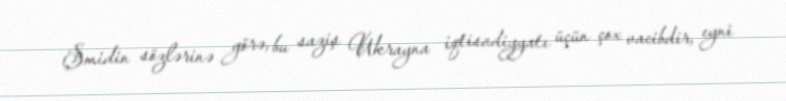
Şmidin sözlərinə görə, bu saziş Ukrayna iqtisadiyyatı üçün çox vacibdir, eyni